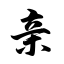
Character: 亲